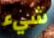
شيء